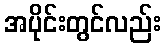
အပိုင်းတွင်လည်း